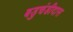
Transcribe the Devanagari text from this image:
बडुचंडीदास